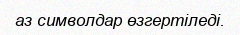
аз символдар өзгертіледі.